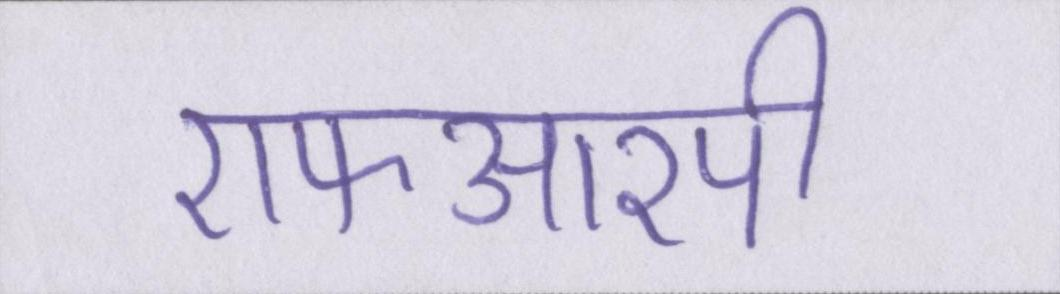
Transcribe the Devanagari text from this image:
एफआरपी